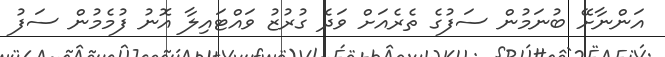
އަންނާށޭ ބުނަމުން ސަފުގެ ތެރެއަށް ވަދެ ގުރުޒު ވައްޓައިލާ އޮނު ފުމެމުން ސަފު